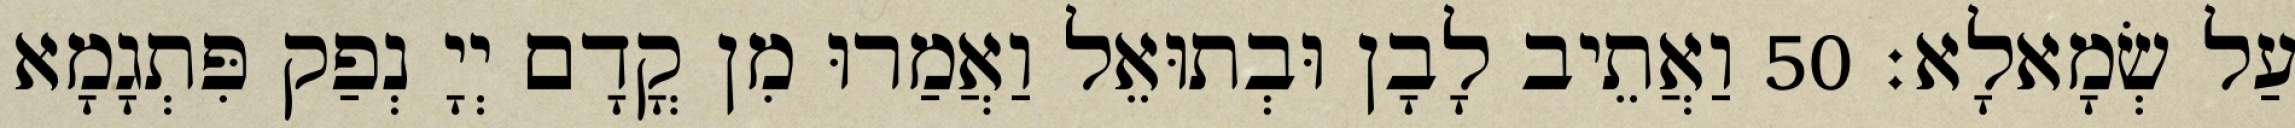
עַל שְׂמָאלָא׃ 50 וַאֲתֵיב לָבָן וּבְתוּאֵל וַאֲמַרוּ מִן קֳדָם יְיָ נְפַק פִּתְגָמָא